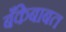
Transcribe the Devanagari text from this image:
बँकेबाबत